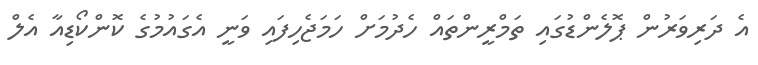
އެ ދަރިވަރުން ޕޮލެންޑުގައި ތަމްރީންތައް ހެދުމަށް ހަމަޖެހިފައި ވަނީ އެގައުމުގެ ކޮންކޯޑިއާ އެލް